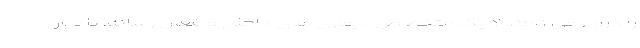
را دروغ می نامند؟ یک متخصص بیماری های داخلی و فعال رسانه، با بیان